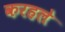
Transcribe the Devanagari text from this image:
करहले